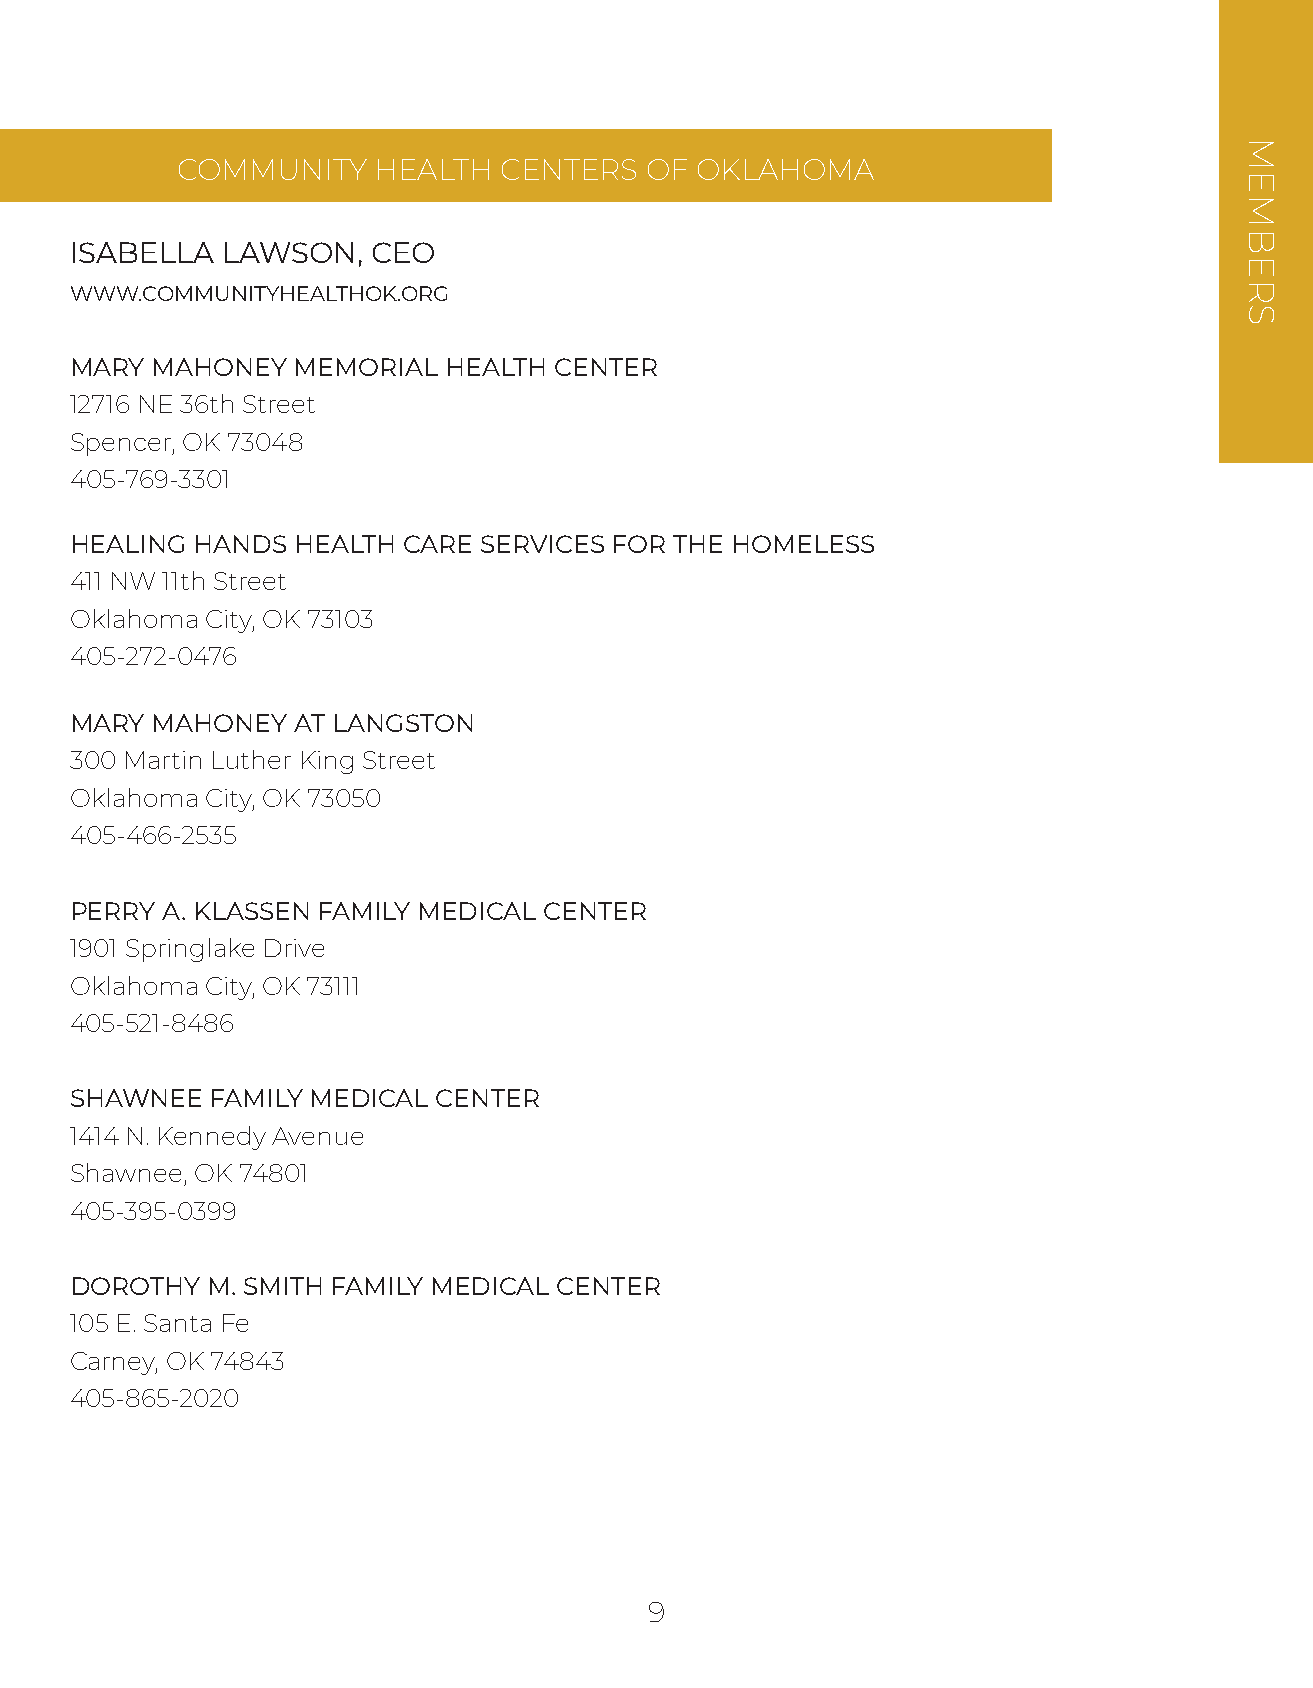
COMMUNITY    HEALTH  CENTERS   OF OKLAHOMA
 ISABELLA  LAWSON,   CEO
 WWW.COMMUNITYHEALTHOK.ORG
 MARY MAHONEY  MEMORIAL  HEALTH  CENTER
 12716 NE 36th Street
 Spencer, OK 73048
 405-769-3301
 HEALING HANDS HEALTH  CARE SERVICES FOR THE HOMELESS
 411 NW 11th Street
 Oklahoma City, OK 73103
 405-272-0476
 MARY MAHONEY  AT LANGSTON
 300 Martin Luther King Street
 Oklahoma City, OK 73050
 405-466-2535
 PERRY A. KLASSEN FAMILY MEDICAL CENTER
 1901 Springlake Drive
 Oklahoma City, OK 73111
 405-521-8486
 SHAWNEE  FAMILY MEDICAL CENTER
 1414 N. Kennedy Avenue
 Shawnee, OK 74801
 405-395-0399
 DOROTHY  M. SMITH FAMILY MEDICAL CENTER
 105 E. Santa Fe
 Carney, OK 74843
 405-865-2020
 9
 MEMBERS